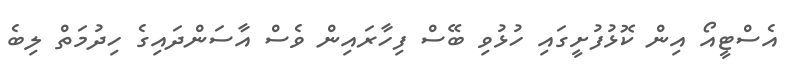
އެސްޓީއޯ އިން ކޮޅުފުށީގައި ހުޅުވި ބޭސް ފިހާރައިން ވެސް އާސަންދައިގެ ހިދުމަތް ލިބެ